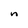
Character: n